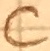
Text: C